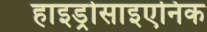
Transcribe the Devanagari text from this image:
हाइड्रोसाइएनिक